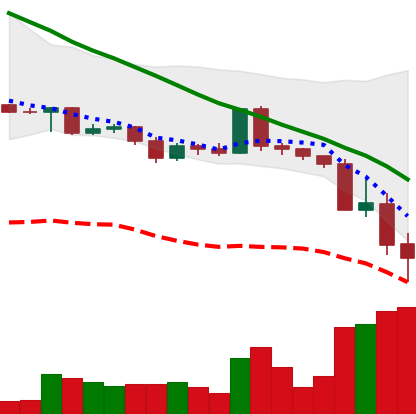
Ticker: ADA-USD
Chart end date: 2022-05-12
Forward return: 22.023%
Label: up_7plus